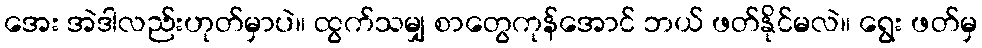
အေး အဲဒါလည်းဟုတ်မှာပဲ။ ထွက်သမျှ စာတွေကုန်အောင် ဘယ် ဖတ်နိုင်မလဲ။ ရွေး ဖတ်မှ